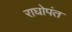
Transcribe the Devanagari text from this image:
राघोपंत